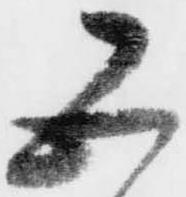
五